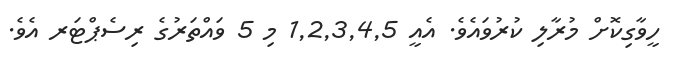
ހީވާގިކޮށް މުރާލި ކުރުވައެވެ. އެއީ 1